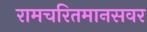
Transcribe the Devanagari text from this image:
रामचरितमानसवर